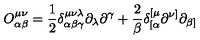
O _ { \alpha \beta } ^ { \mu \nu } = { \frac { 1 } { 2 } } \delta _ { \alpha \beta \gamma } ^ { \mu \nu \lambda } \partial _ { \lambda } \partial ^ { \gamma } + { \frac { 2 } { \beta } } \delta _ { [ \alpha } ^ { [ \mu } \partial ^ { \nu ] } \partial _ { \beta ] }